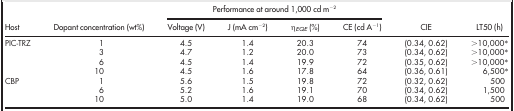
|  |  | <COLSPAN=4> Performance at around 1,000 cd m−2 |  |  |
 | Host | Dopant concentration (wt%) | Voltage (V) | J (mA cm−2) | ηEQE (%) | CE (cd A−1) | CIE | LT50 (h) |
 | --- | --- | --- | --- | --- | --- | --- | --- |
 | <ROWSPAN=4> PIC-TRZ | 1 | 4.5 | 1.4 | 20.3 | 74 | (0.34, 0.62) | >10,000* |
 | 3 | 4.7 | 1.2 | 20.0 | 73 | (0.34, 0.62) | >10,000* |
 | 6 | 4.5 | 1.4 | 19.9 | 72 | (0.35, 0.62) | >10,000* |
 | 10 | 4.5 | 1.6 | 17.8 | 64 | (0.36, 0.61) | 6,500* |
 | <ROWSPAN=3> CBP | 1 | 5.6 | 1.5 | 19.8 | 72 | (0.32, 0.62) | 500 |
 | 6 | 5.2 | 1.6 | 19.1 | 70 | (0.34, 0.62) | 1,500 |
 | 10 | 5.0 | 1.4 | 19.0 | 68 | (0.34, 0.62) | 500 |